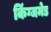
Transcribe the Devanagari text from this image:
किंग्जमेड